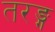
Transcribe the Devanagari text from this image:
तरङ्ग